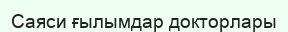
Саяси ғылымдар докторлары